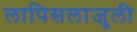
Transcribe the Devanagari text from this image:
लापिसलाजुली